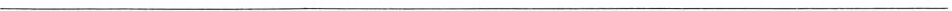
___